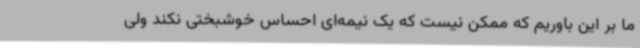
ما بر این باوریم که ممکن نیست که یک نیمه‌ای احساس خوشبختی نکند ولی